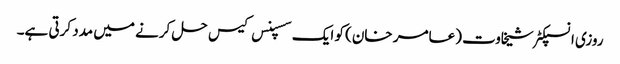
روزی انسپکٹر شیخاوت (عامر خان) کو ایک سسپنس کیس حل کرنے میں مدد کرتی ہے۔